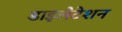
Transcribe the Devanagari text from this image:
डाइलेटेशन